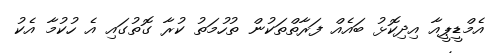
އެމްޑީޕީއާ އިދިކޮޅު ބައެއް ފަރާތްތަކުން ތުހުމަތު ކުރާ ގޮތުގައި އެ ހުކުމާ އެކު